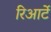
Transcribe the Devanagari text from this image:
रिआर्टे